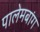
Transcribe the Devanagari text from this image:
पालेमबांग